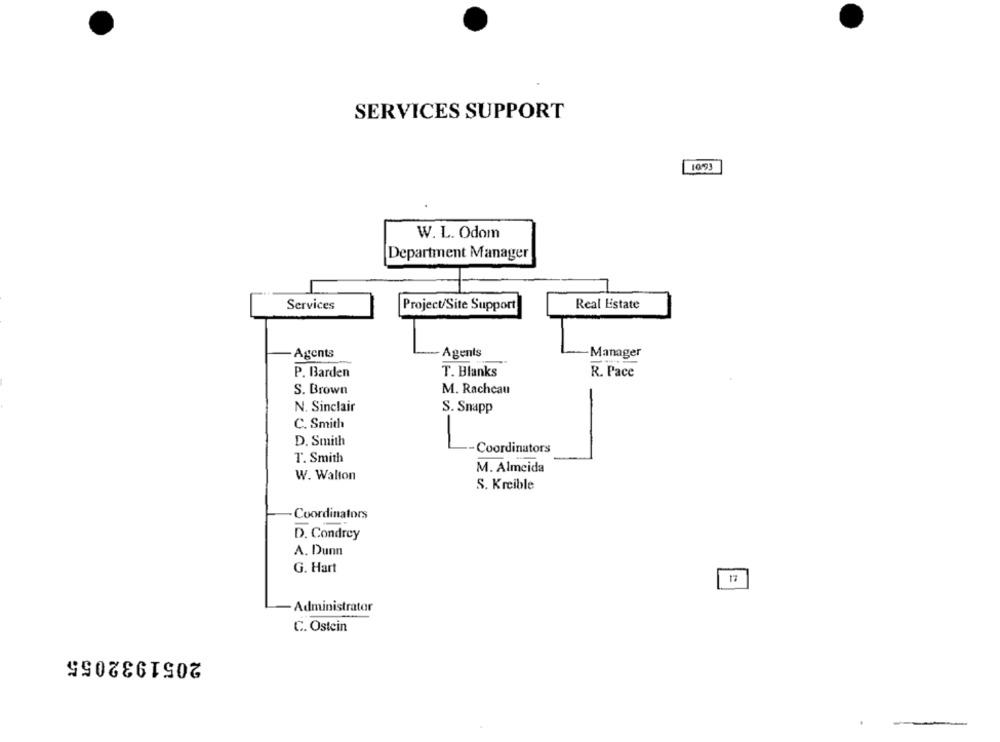
SERVICES SUPPORT
10-93
W. L. Odom
Department Manager
Real Estate
Services
Project/Site Support
Agents
Agents
Manager
T. Blanks
P. Barden
R. Pace
S. Brown
M. Rachcau
N. Sinclair
S. Snapp
C. Smith
D. Smith
Coordinators
T. Smith
M. Almeida
W. Walton
S. Krcible
Coordinators
D. Condrey
A. Dunn
G. Hart
17
Administrator
C. Ostein
2051932055